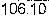
106.10